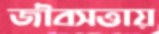
জীবসত্তায়